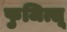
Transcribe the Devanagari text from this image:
फुजित्सू